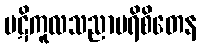
ပဋိကူလသညာပရိစိတေန